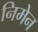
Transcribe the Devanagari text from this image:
निमेन